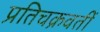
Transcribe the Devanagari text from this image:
प्रतिचक्रवर्ती